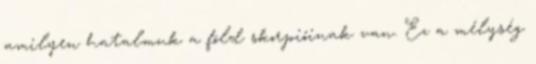
amilyen hatalmuk a föld skorpióinak van. Ez a mélység